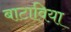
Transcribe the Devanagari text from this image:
बाटाविया